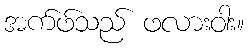
အက်ဖ်သည် ဖလားဝါး။